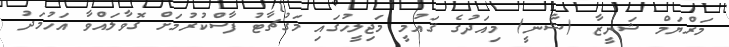
މަރްޔަމް ޝަނީޒާ (ޝާނީ) މިއަދުގެ ޤައުމީ މަޖިލީހުގައި މަގުޗާޓު ފާސްކުރުމަށް ގޮވާލައްވާ އަހުމަދު